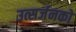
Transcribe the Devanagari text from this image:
उत्सर्जनको